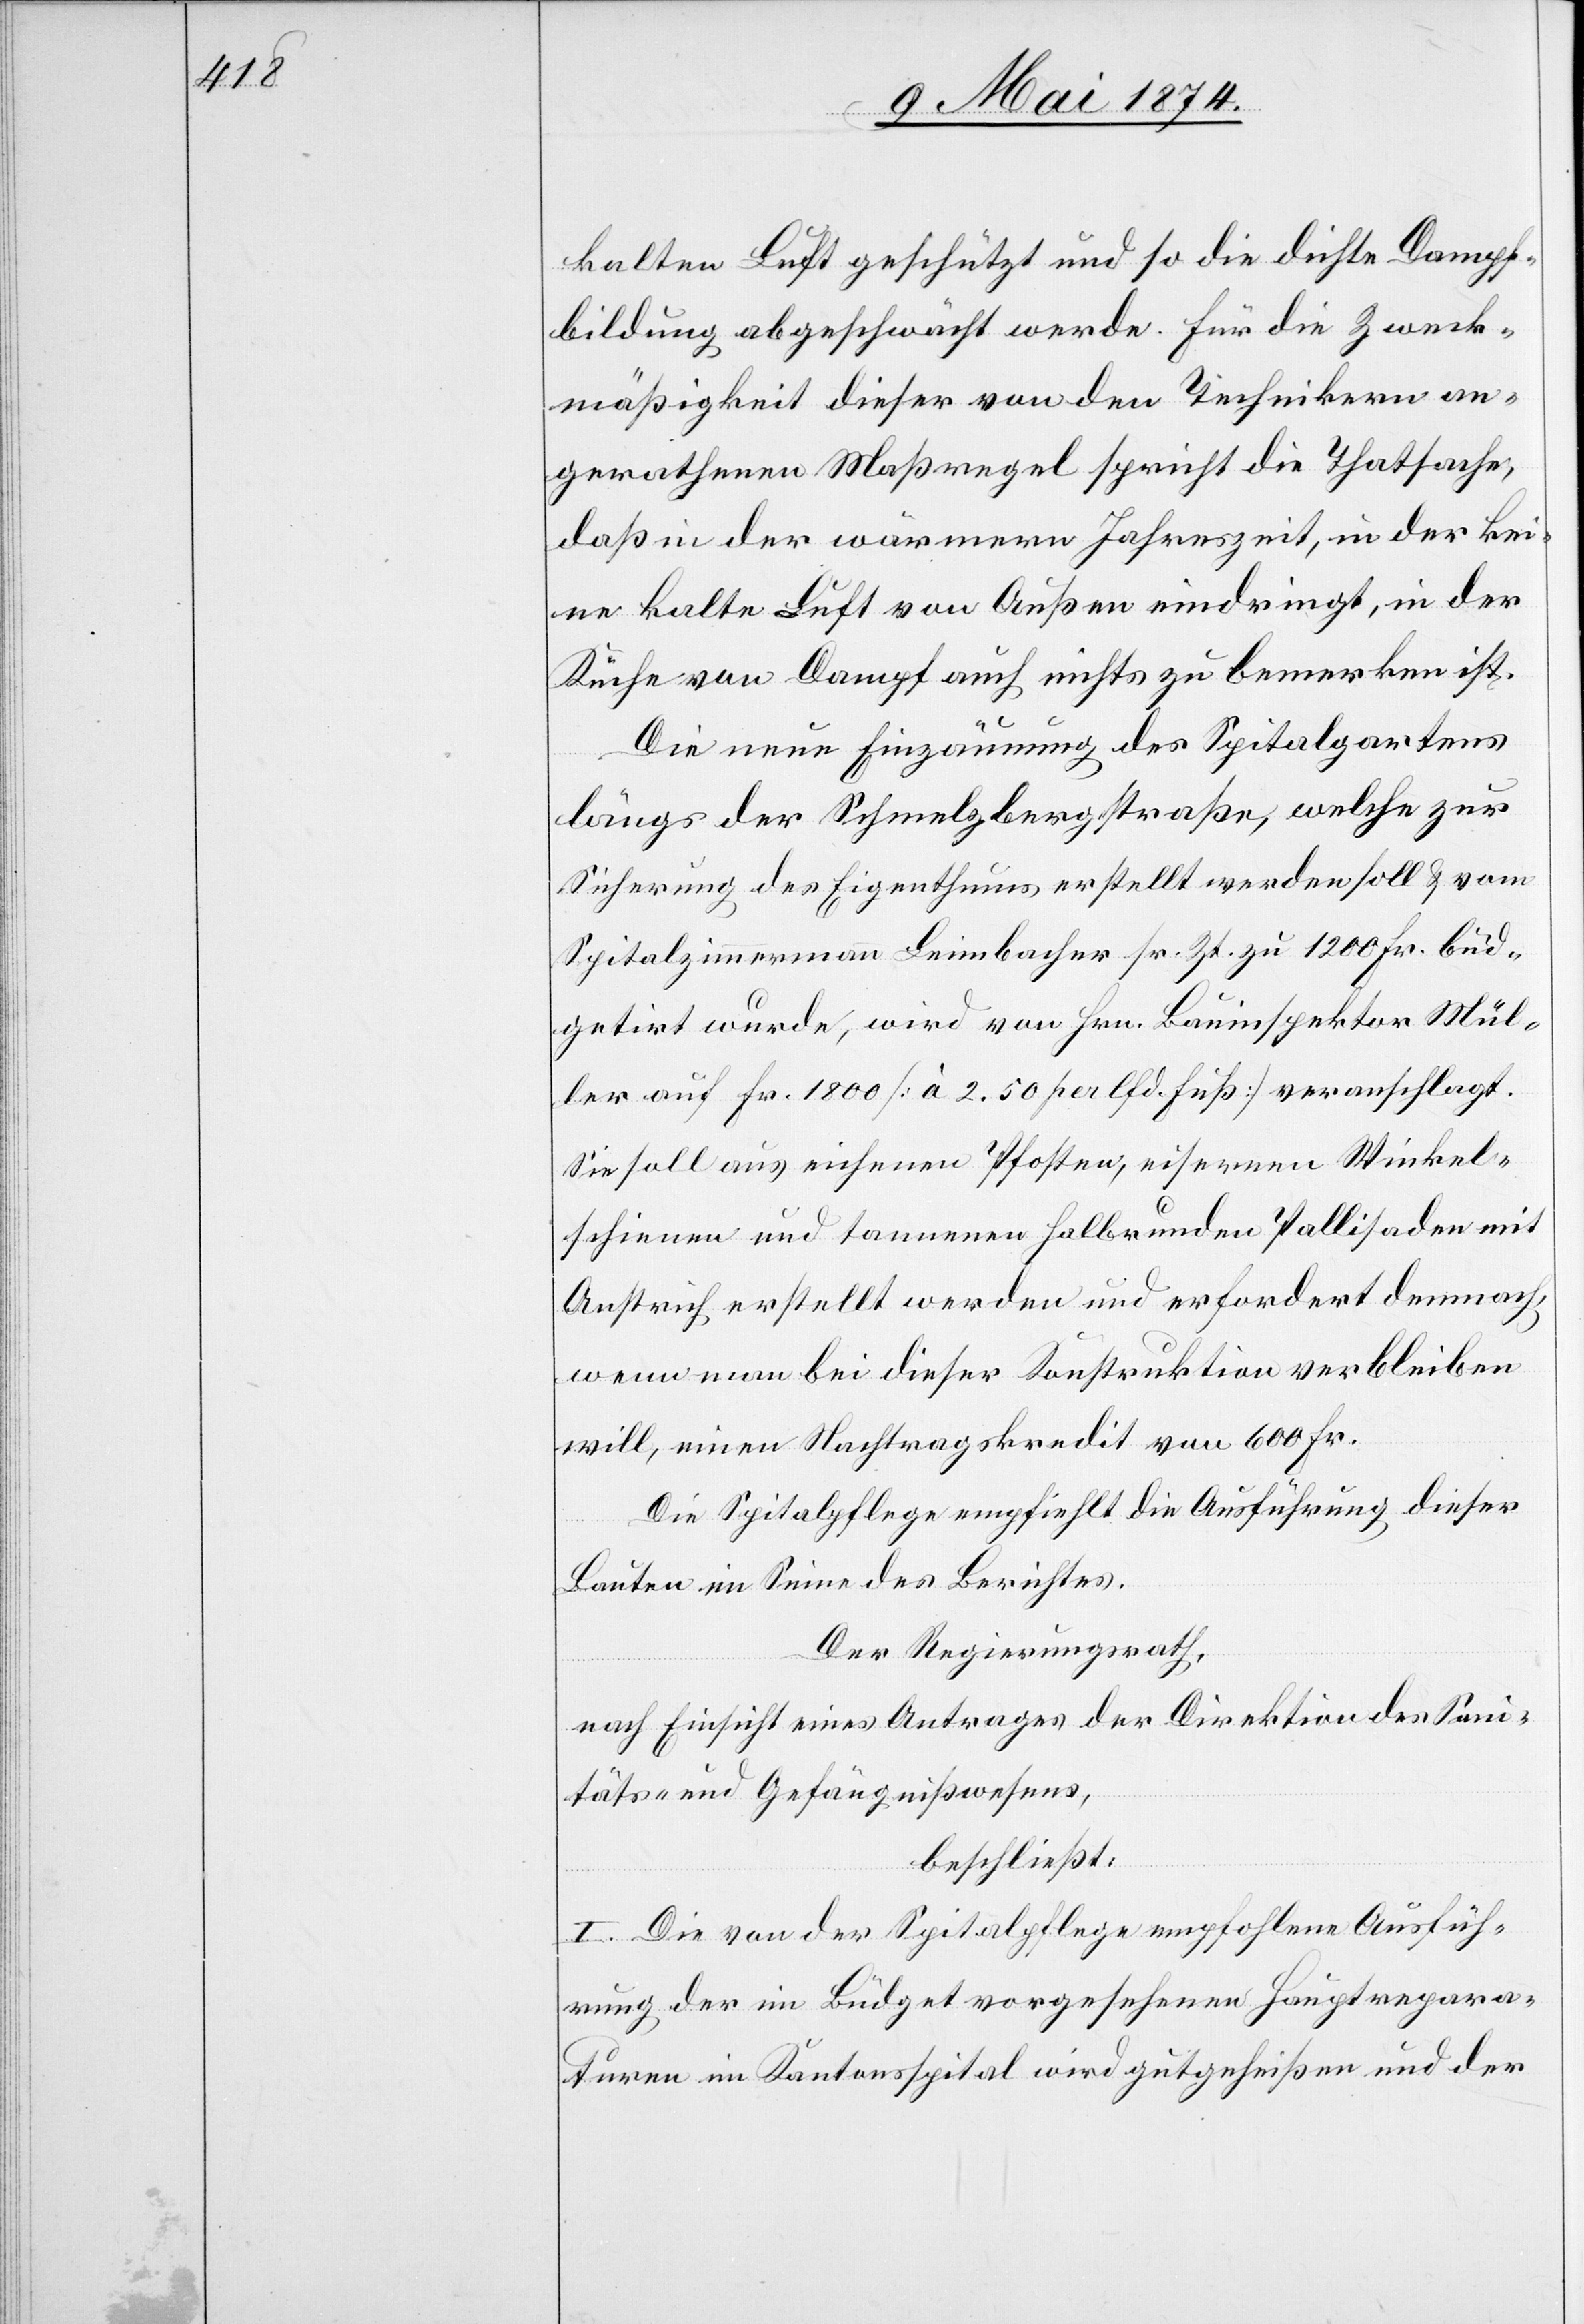
kalten Luft geschützt und so die dichte Dampf¬
bildung abgeschwächt werde. Für die Zweck¬
mäßigkeit dieser von den Technikern an¬
gerathenen Maßregel spricht die Thatsache,
daß in der wärmeren Jahreszeit, in der kei¬
ne kalte Luft von Außen eindringt, in der
Küche von Dampf auch nichts zu bemerken ist.
Die neue Einzäunung des Spitalgartens
längs der Schmelzbergstraße, welche zur
Sicherung des Eigenthums erstellt werden soll u. vom
Spitalzimmermann Leimbacher sr. Zt. zu 1200 Fr. büd¬
getirt wurde, wird von Hrn. Bauinspektor Mül¬
ler auf Fr. 1800 [à 2.50 per lfd. Fuß] veranschlagt.
Sie soll aus eichenen Pfosten, eisernen Winkel¬
schienen und tannenen halbrunden Pallisaden mit
Anstrich erstellt werden und erfordert demnach,
wenn man bei dieser Konstruktion verbleiben
will, einen Nachtragskredit von 600 Fr.
Die Spitalpflege empfiehlt die Ausführung dieser
Bauten im Sinne des Berichtes.
Der Regierungsrath,
nach Einsicht eines Antrages der Direktion des Sani¬
täts- und Gefängnißwesens,
beschließt:
I. Die von der Spitalpflege empfohlene Ausfüh¬
rung der im Büdget vorgesehener Hauptrepara¬
turen im Kantonsspital wird gutgeheißen und der